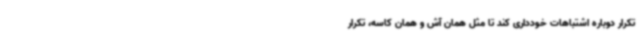
تکرار دوباره اشتباهات خودداری کند تا مثل همان آش و همان کاسه، تکرار